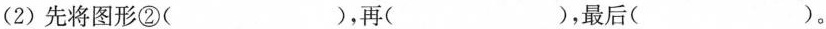
(2)先将图形②()，再()，最后()。